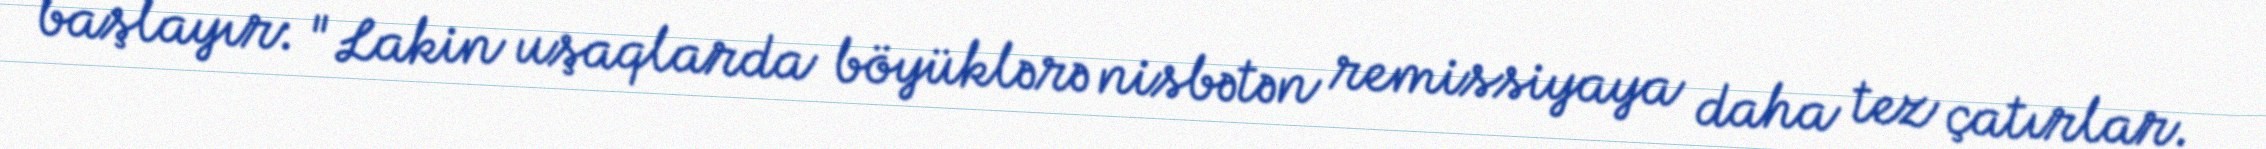
başlayır: "Lakin uşaqlarda böyüklərə nisbətən remissiyaya daha tez çatırlar.